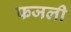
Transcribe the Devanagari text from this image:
फजली